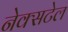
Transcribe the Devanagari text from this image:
नेक्सटेल